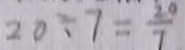
2 0 \div 7 = \frac { 2 0 } { 7 }